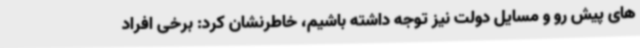
های پیش رو و مسایل دولت نیز توجه داشته باشیم، خاطرنشان کرد: برخی افراد